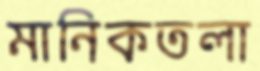
মানিকতলা